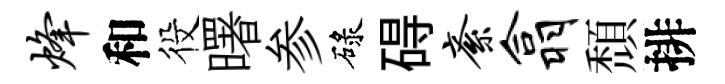
烽和役曙参碌碍紊翕頹排